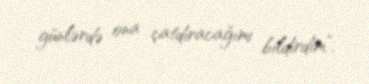
günlərdə ona çatdıracağımı bildirdim”.